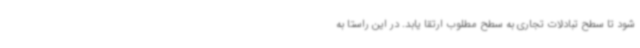
شود تا سطح تبادلات تجاری به سطح مطلوب ارتقا یابد. در این راستا به